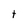
Character: t